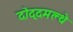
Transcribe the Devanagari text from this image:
दोद्दमल्थे